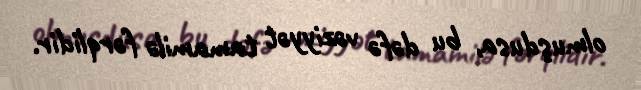
olmuşdusa, bu dəfə vəziyyət tamamilə fərqlidir.